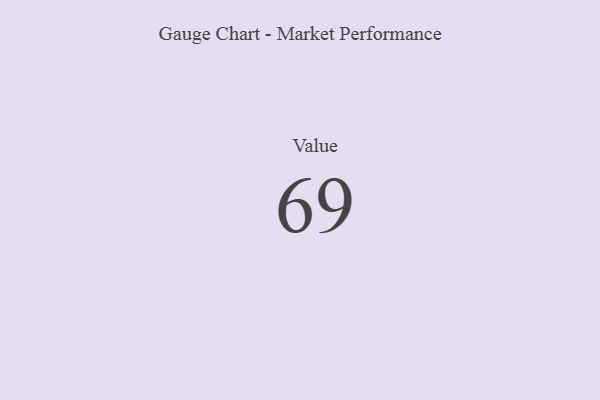
{"axis": {"x": "Metric", "y": "Value"}, "legend": [""], "data": [{"x": "Value", "y": 69, "type": ""}]}